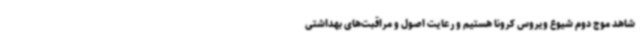
شاهد موج دوم شیوع ویروس کرونا هستیم و رعایت اصول و مراقبت‌های بهداشتی